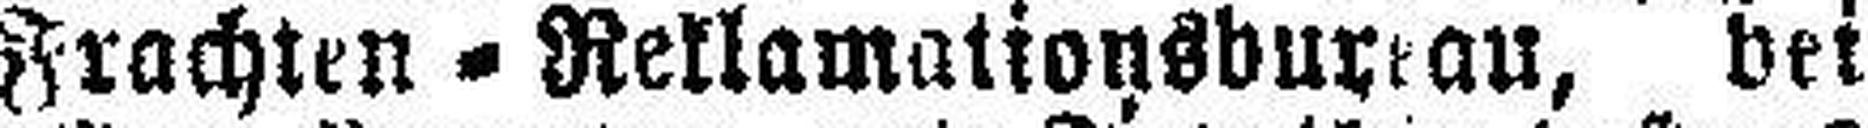
Frachten = Reklamationsbureau, bei